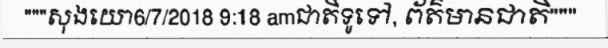
"""សុងយោ6/7/2018 9:18 amជាតិទូទៅ, ព័ត៌មានជាតិ"""